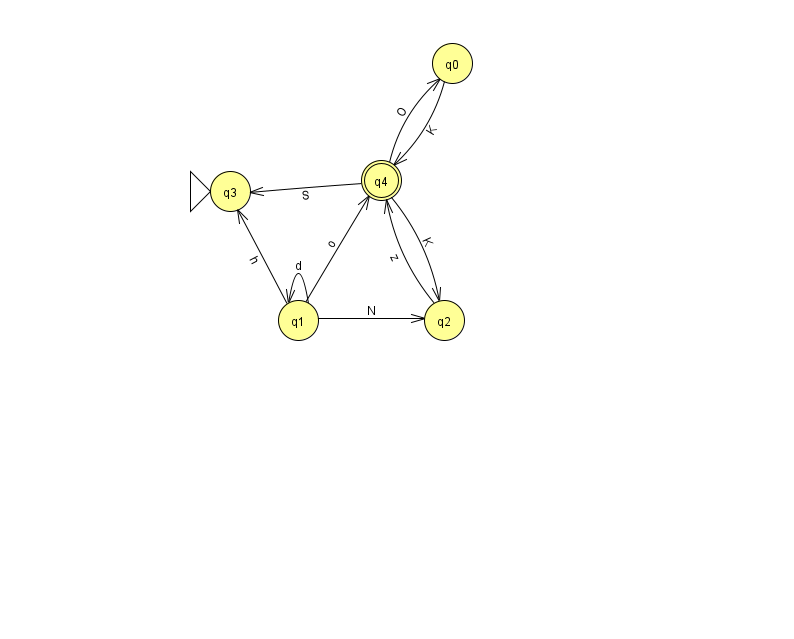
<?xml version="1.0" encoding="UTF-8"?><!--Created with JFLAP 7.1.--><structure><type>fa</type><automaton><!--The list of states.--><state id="0" name="q0"><x>452.0</x><y>50.0</y></state><state id="1" name="q1"><x>298.0</x><y>307.0</y></state><state id="2" name="q2"><x>444.0</x><y>307.0</y></state><state id="3" name="q3"><x>230.0</x><y>178.0</y><initial/></state><state id="4" name="q4"><x>381.0</x><y>167.0</y><final/></state><!--The list of transitions.--><transition><from>0</from><to>4</to><read>K</read></transition><transition><from>1</from><to>4</to><read>o</read></transition><transition><from>1</from><to>1</to><read>d</read></transition><transition><from>4</from><to>0</to><read>O</read></transition><transition><from>4</from><to>2</to><read>K</read></transition><transition><from>2</from><to>4</to><read>z</read></transition><transition><from>1</from><to>3</to><read>h</read></transition><transition><from>1</from><to>2</to><read>N</read></transition><transition><from>4</from><to>3</to><read>S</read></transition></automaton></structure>